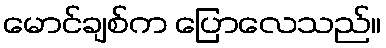
မောင်ချစ်က ပြောလေသည်။